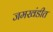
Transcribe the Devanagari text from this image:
जमखंडीत